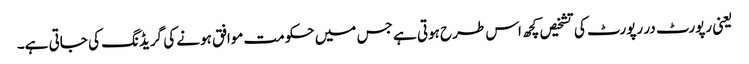
یعنی رپورٹ در رپورٹ کی تشخیص کچھ اس طرح ہوتی ہے جس میں حکومت موافق ہونے کی گریڈنگ کی جاتی ہے۔